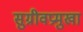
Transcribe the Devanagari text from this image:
सुग्रीवप्रमुखा